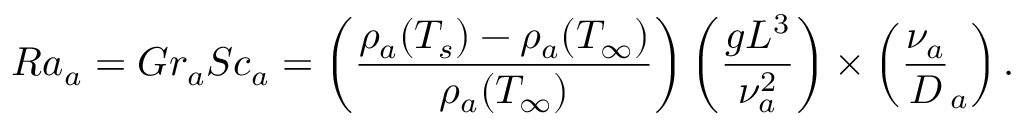
R a _ { a } = G r _ { a } S c _ { a } = \left( \frac { \rho _ { a } ( T _ { s } ) - \rho _ { a } ( T _ { \infty } ) } { \rho _ { a } ( T _ { \infty } ) } \right) \left( \frac { g { L } ^ { 3 } } { \nu _ { a } ^ { 2 } } \right) \times \left( \frac { \nu _ { a } } { \cal D } _ { a } \right) .